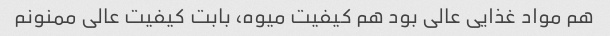
هم مواد غذایی عالی بود هم کیفیت میوه، بابت کیفیت عالی ممنونم